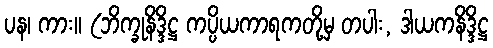
ပန၊ ကား။ (ဘိက္ခုနိဒ္ဒိဋ္ဌ ကပ္ပိယကာရကတို့မှ တပါး, ဒါယကနိဒ္ဒိဋ္ဌ